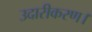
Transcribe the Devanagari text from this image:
उदारीकरण।